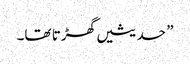
” حدیثیں گھڑتا تھا۔